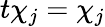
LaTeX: t\chi_{j}=\chi_{j}